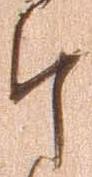
郎